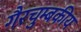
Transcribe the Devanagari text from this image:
गैरचुम्बकीय